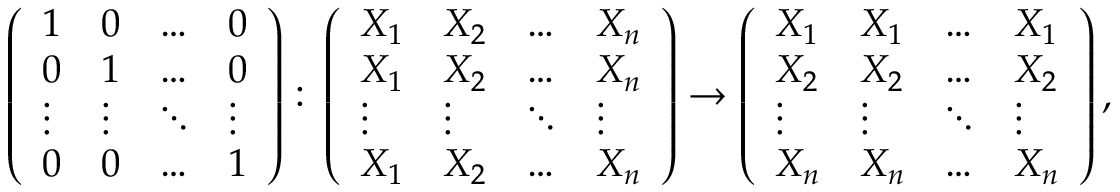
\begin{array} { r } { \left( \begin{array} { l l l l } { 1 } & { 0 } & { \dots } & { 0 } \\ { 0 } & { 1 } & { \dots } & { 0 } \\ { \vdots } & { \vdots } & { \ddots } & { \vdots } \\ { 0 } & { 0 } & { \dots } & { 1 } \end{array} \right) \colon \left( \begin{array} { l l l l } { X _ { 1 } } & { X _ { 2 } } & { \dots } & { X _ { n } } \\ { X _ { 1 } } & { X _ { 2 } } & { \dots } & { X _ { n } } \\ { \vdots } & { \vdots } & { \ddots } & { \vdots } \\ { X _ { 1 } } & { X _ { 2 } } & { \dots } & { X _ { n } } \end{array} \right) \to \left( \begin{array} { l l l l } { X _ { 1 } } & { X _ { 1 } } & { \dots } & { X _ { 1 } } \\ { X _ { 2 } } & { X _ { 2 } } & { \dots } & { X _ { 2 } } \\ { \vdots } & { \vdots } & { \ddots } & { \vdots } \\ { X _ { n } } & { X _ { n } } & { \dots } & { X _ { n } } \end{array} \right) , } \end{array}